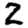
Digit: 2